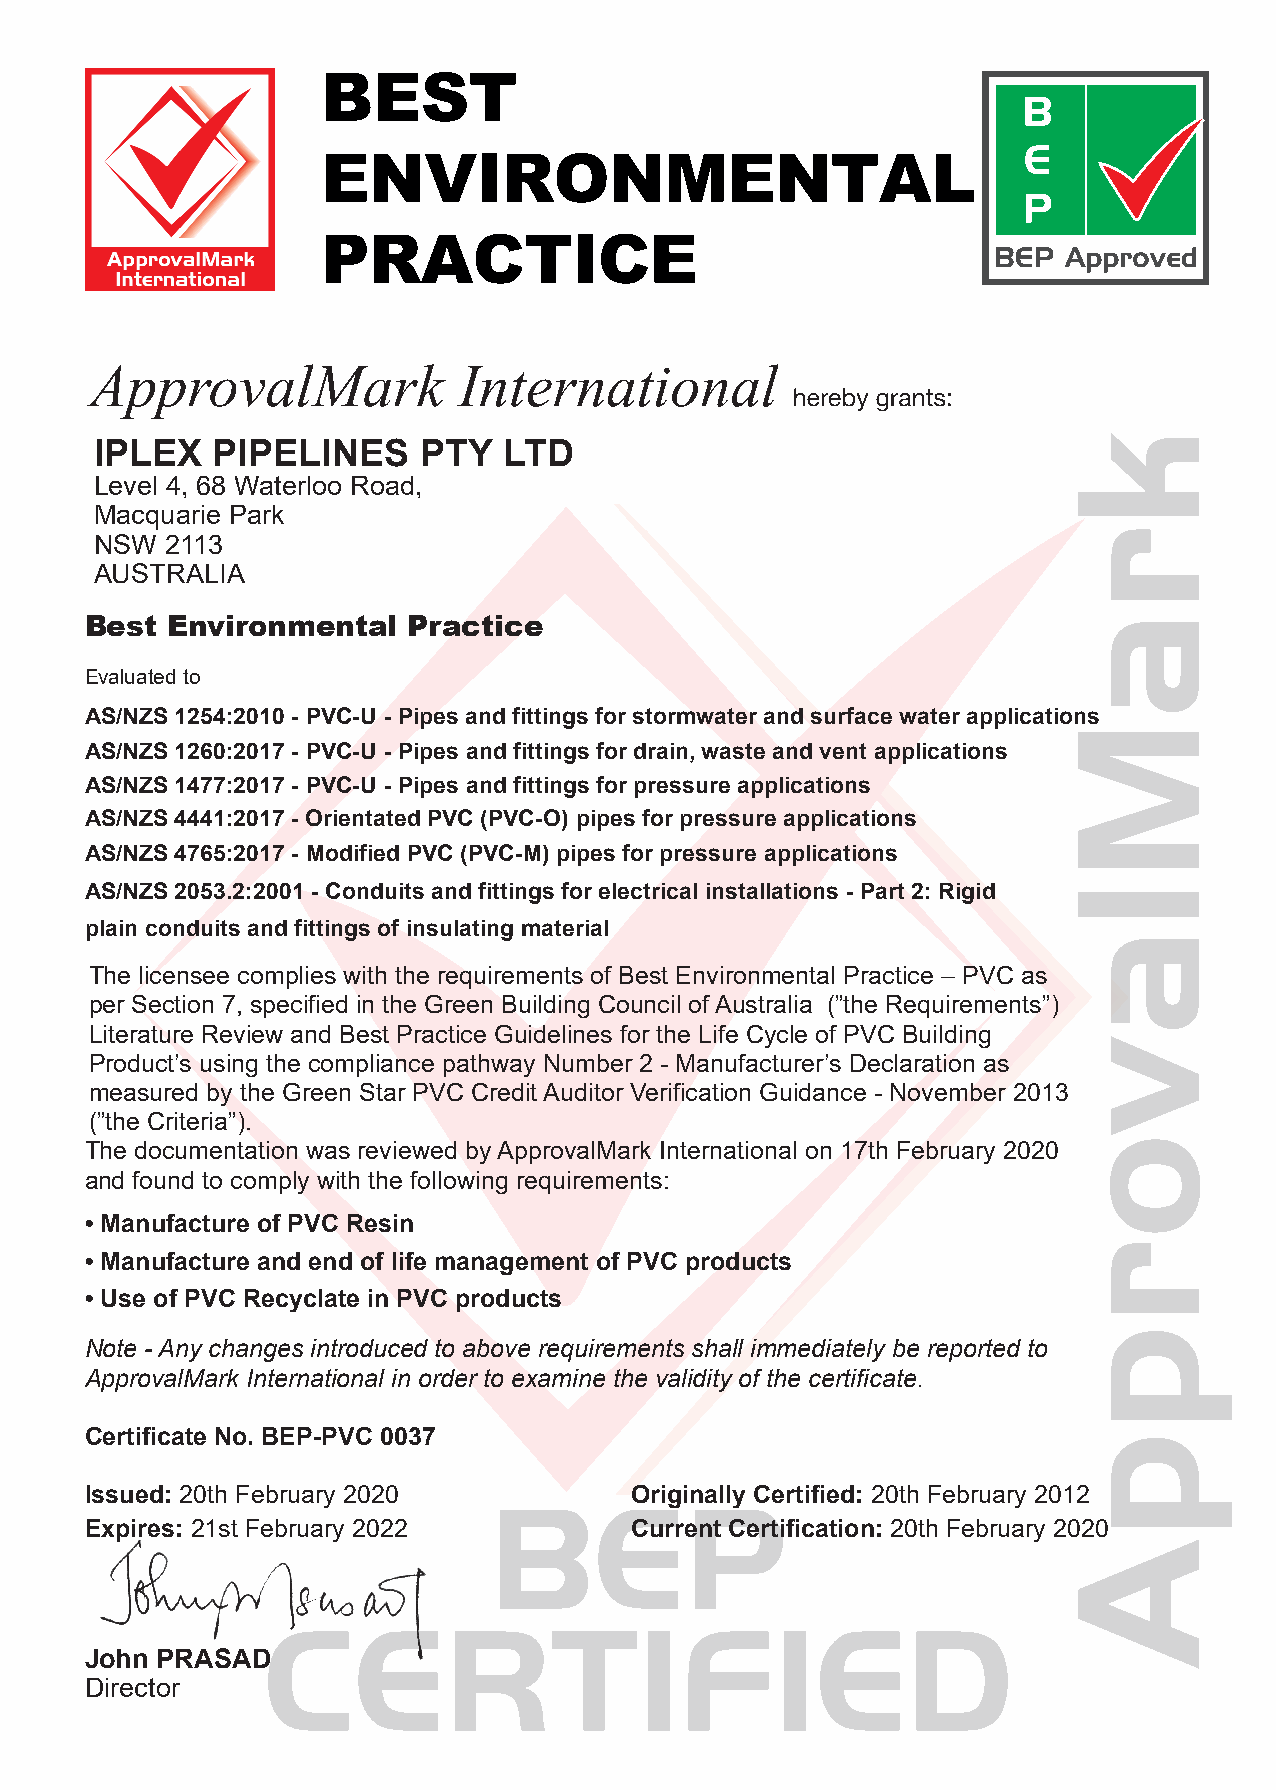
IPLEX   PIPELINES     PTY  LTD
 Level 4, 68 Waterloo Road,
 Macquarie Park
 NSW  2113
 AUSTRALIA
 Best Environmental   Practice
 Evaluated to
 AS/NZS 1254:2010 - PVC-U - Pipes and fittings for stormwater and surface water applications
 AS/NZS 1260:2017 - PVC-U - Pipes and fittings for drain, waste and vent applications
 AS/NZS 1477:2017 - PVC-U - Pipes and fittings for pressure applications
 AS/NZS 4441:2017 - Orientated PVC (PVC-O) pipes for pressure applications
 AS/NZS 4765:2017 - Modified PVC (PVC-M) pipes for pressure applications
 AS/NZS 2053.2:2001 - Conduits and fittings for electrical installations - Part 2: Rigid
 plain conduits and fittings of insulating material
 The licensee complies with the requirements of Best Environmental Practice – PVC as
 per Section 7, specified in the Green Building Council of Australia (”the Requirements”)
 Literature Review and Best Practice Guidelines for the Life Cycle of PVC Building
 Product’s using the compliance pathway Number 2 - Manufacturer’s Declaration as
 measured by the Green Star PVC Credit Auditor Verification Guidance - November 2013
 (”the Criteria”).
 The documentation was reviewed by ApprovalMark International on 17th February 2020
 and found to comply with the following requirements:
 • Manufacture of PVC Resin
 • Manufacture and end of life management of PVC products
 • Use of PVC Recyclate in PVC products
 Note - Any changes introduced to above requirements shall immediately be reported to
 ApprovalMark International in order to examine the validity of the certificate.
 Certificate No. BEP-PVC 0037
 Issued: 20th February 2020          Originally Certified: 20th February 2012
 Expires: 21st February 2022         Current Certification: 20th February 2020
 John PRASAD
 Director